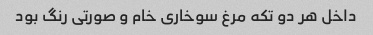
داخل هر دو تکه مرغ سوخاری خام و صورتی رنگ بود